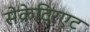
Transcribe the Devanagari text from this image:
सेक्रेट्रिएट